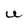
Character: U